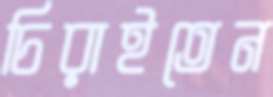
চিরাইতেন